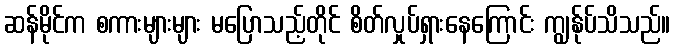
ဆန်မိုင်က စကားများများ မပြောသည့်တိုင် စိတ်လှုပ်ရှားနေကြောင်း ကျွန်ုပ်သိသည်။